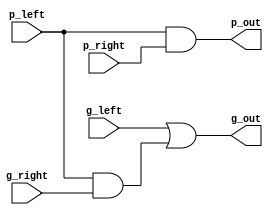
module gp_cell
(
    input  wire g_left, g_right, p_left, p_right,
    output wire g_out, p_out
);

    assign g_out = g_left | p_left & g_right;
    assign p_out = p_left & p_right;
    
endmodule